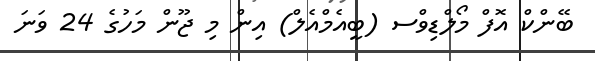
ބޭންކް އޮފް މޯލްޑިވްސ (ބީއެމްއެލް) އިންް މި ޖޫން މަހުގެ 24 ވަނަ